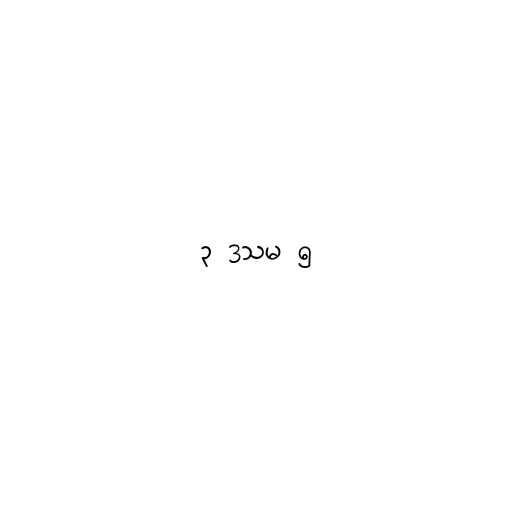
၃ ဒသမ ၅